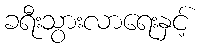
ခရီးသွားလာရေးနှင့်